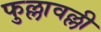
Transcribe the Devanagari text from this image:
फुल्लावल्ली